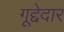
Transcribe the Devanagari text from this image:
गूद्देदार